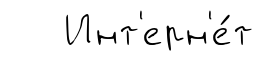
Инт'ерн'е́т